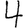
Digit: 4